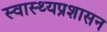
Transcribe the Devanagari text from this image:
स्वास्थ्यप्रशासन